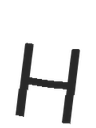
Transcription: H